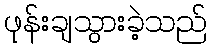
ဖုန်းချသွားခဲ့သည်